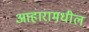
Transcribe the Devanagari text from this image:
आहारामधील